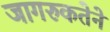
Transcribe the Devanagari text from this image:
जागरुकतेने